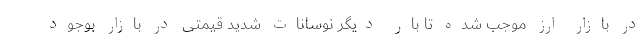
در بازار ارز موجب شده تا بار دیگر نوسانات شدید قیمتی در بازار بوجود